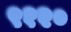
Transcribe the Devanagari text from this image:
९१२०